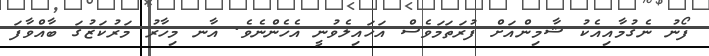
ފޯނު ނެގުމާއިއެކު ޝާމިންއަށް ފުރަތަމަވެސް އަހައިލެވުނީ އެހެންނެވެ. އާނ މިހާރު މަރުކަޒުގަ ބާއްވާފަ